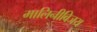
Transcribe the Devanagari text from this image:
मालिनीविजय